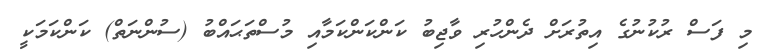
މި ފަސް ރުކުނުގެ އިތުރަށް ދެންހުރި ވާޖިބު ކަންކަންކަމާއި މުސްތަޙައްބު (ސުންނަތް) ކަންކަމަކީ